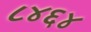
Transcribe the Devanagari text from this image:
८४६४